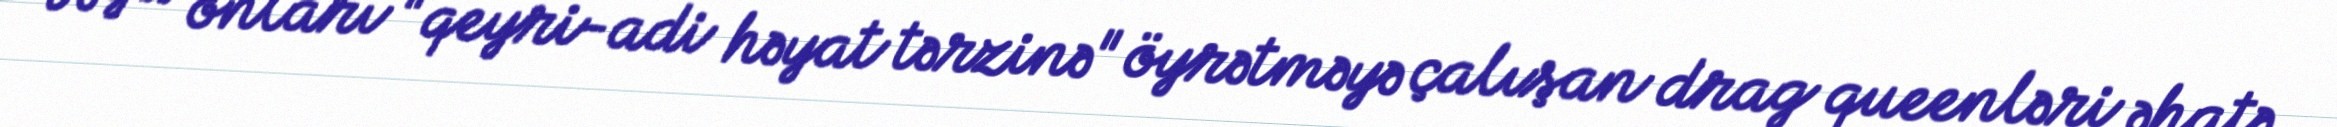
və ya onları "qeyri-adi həyat tərzinə" öyrətməyə çalışan drag queenləri əhatə